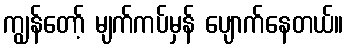
ကျွန်တော့် မျက်ကပ်မှန် ပျောက်နေတယ်။